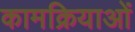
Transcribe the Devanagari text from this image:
कामक्रियाओं